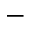
-